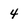
Character: 4